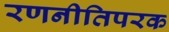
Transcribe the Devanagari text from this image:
रणनीतिपरक